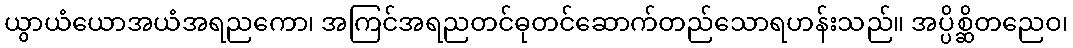
ယွာယံယောအယံအရညကော၊ အကြင်အရညတင်ဓုတင်ဆောက်တည်သောရဟန်းသည်။ အပ္ပိစ္ဆိတညေဝ၊